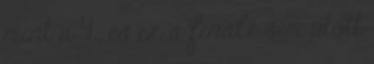
mint a 4., és ez a finálé sem ütött